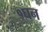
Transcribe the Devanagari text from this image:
१घन